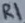
Text: R1